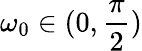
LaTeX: \omega_{0}\in(0,\frac{\pi}{2})